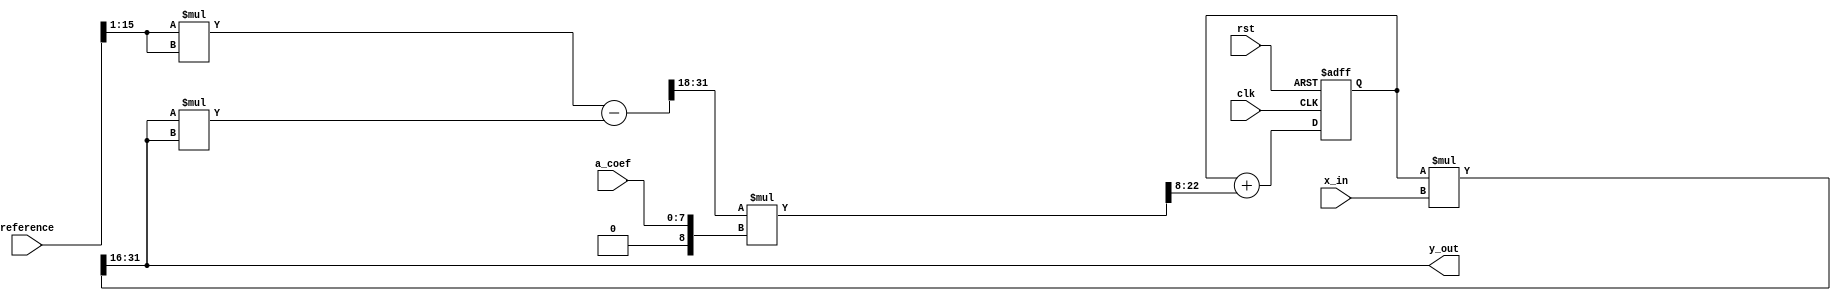
module AGC(
	input  wire 			  clk,
	input  wire 			  rst,
	input  wire        [7:0]  a_coef,
	input  wire        [15:0] reference,
	input  wire signed [15:0] x_in,
	output wire signed [15:0] y_out
);
		
wire        [31:0] x_mod;		
wire        [31:0] ref_rms;	
wire signed [8:0]  a_coef_s;	
wire signed [32:0] tmp_level;
wire signed [32:0] feedback_level;
reg  signed [32:0] zreg;	

assign ref_rms        = (reference[15:1] * reference[15:1]);
assign a_coef_s       = { 1'b0, a_coef};
		
assign x_mod          = (y_out * y_out);
assign tmp_level      = ($signed(ref_rms - x_mod))>>>18;
assign feedback_level = (tmp_level * a_coef_s) >>> 8;

always @(posedge clk or negedge rst) begin	
	if (!rst) 
		zreg <= 'h0;
	else 
		zreg <=  zreg + feedback_level;
end

assign y_out = (zreg * x_in) >>>16;

endmodule